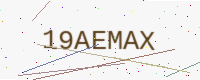
Text: 19AEMAX